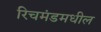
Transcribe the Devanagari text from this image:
रिचमंडमधील